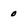
Character: 0